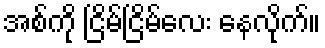
အစ်ကို ငြိမ်ငြိမ်လေး နေလိုက်။